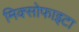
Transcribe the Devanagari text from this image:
मिक्सोफाइटा